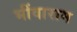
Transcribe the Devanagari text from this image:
भींवाराम